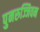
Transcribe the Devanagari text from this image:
पुनरुज्जिवन